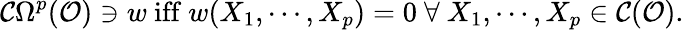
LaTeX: {\mathcal{C}}\Omega^{p}({\mathcal{O}})\ni w{\mathrm{~iff~}}w(X_{1},\cdots,X_{p})=0~\forall~X_{1},\cdots,X_{p}\in{\mathcal{C}}({\mathcal{O}}).